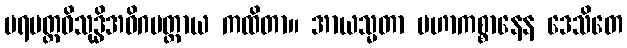
ပရမတ္ထဝိသုဒ္ဓိအဓိဂမတ္ထာယ ကထိတာ။ အာယသ္မတာ မဟာကစ္စာနေန ဒေသိတေ